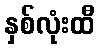
နှစ်လုံးထီ